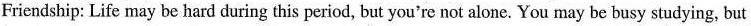
Friendship: Life may be hard during this period, but you're not alone. You may be busy studying, but